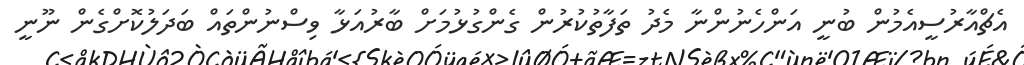
އެޗްއާރުސީއެމުން ބުނީ އަންހެނުންނާ މެދު ތަފާތުކުރުން ގެންގުޅުމަށް ބާރުއަޅާ ވިސްނުންތައް ބަދަލުކޮށްގެން ނޫނީ